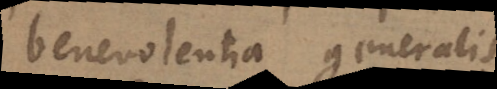
benevolentia generalis